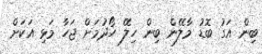
ބިން އަގު ބޮޑު މާލޭން ބިން ހިލޭ ހޯދުމަށް ޖަހާ މަޅި އަކަށް